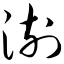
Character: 澍